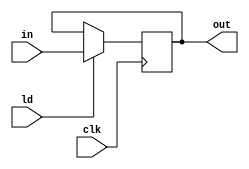
module FourBitReg(input[3:0] in, input clk , input ld, output[3:0] out);
	reg[3:0] q;
	always @(posedge clk)
		if(ld)
			q = in;
	assign out = q;
endmodule